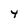
Character: 4